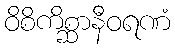
ဝိစိကိစ္ဆာနီဝရဏံ